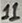
Text: 11